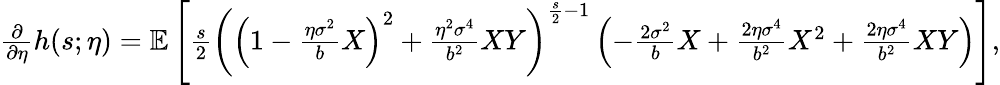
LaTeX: \begin{array}{r}{\frac{\partial}{\partial\eta}h(s;\eta)=\mathbb{E}\left[\frac{s}{2}\left(\left(1-\frac{\eta\sigma^{2}}{b}X\right)^{2}+\frac{\eta^{2}\sigma^{4}}{b^{2}}XY\right)^{\frac{s}{2}-1}\left(-\frac{2\sigma^{2}}{b}X+\frac{2\eta\sigma^{4}}{b^{2}}X^{2}+\frac{2\eta\sigma^{4}}{b^{2}}XY\right)\right],}\end{array}